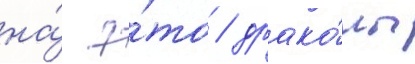
на́ э́то / драко́ны